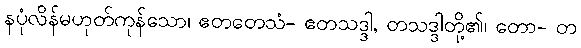
နပုံလိန်မဟုတ်ကုန်သော၊ ဧတတေသံ- ဧတသဒ္ဒါ, တသဒ္ဒါတို့၏၊ တော- တ